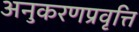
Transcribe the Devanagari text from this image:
अनुकरणप्रवृत्ति